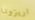
اريزونا